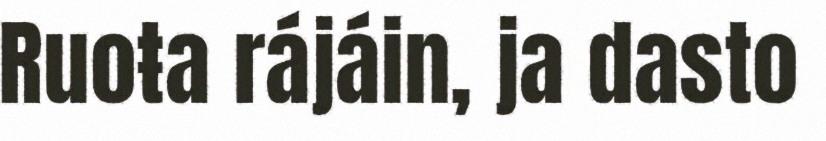
Ruoŧa rájáin, ja dasto